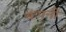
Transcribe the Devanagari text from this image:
कंपनी